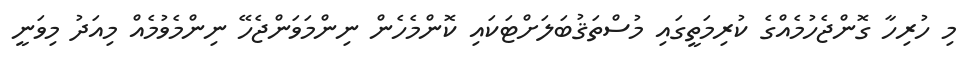
މި ހުރިހާ ގޮންޖެހުމެއްގެ ކުރިމަތީގައި މުސްތަޤުބަލަށްޓަކައި ކޮންމެހެން ނިންމަވަންޖެހޭ ނިންމެވުމެއް މިއަދު މިވަނީ